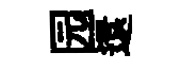
园還